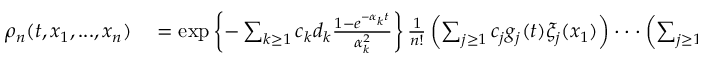
\begin{array} { r l } { \rho _ { n } ( t , x _ { 1 } , . . . , x _ { n } ) } & { { } = \exp \left\{ - \sum _ { k \geq 1 } c _ { k } d _ { k } \frac { 1 - e ^ { - \alpha _ { k } t } } { \alpha _ { k } ^ { 2 } } \right\} \frac { 1 } { n ! } \left( \sum _ { j \geq 1 } c _ { j } g _ { j } ( t ) \xi _ { j } ( x _ { 1 } ) \right) \cdot \cdot \cdot \left( \sum _ { j \geq 1 } c _ { j } g _ { j } ( t ) \xi _ { j } ( x _ { n } ) \right) } \end{array}